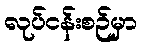
လုပ်ငန်းစဉ်မှာ